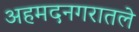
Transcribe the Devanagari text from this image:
अहमदनगरातले